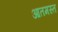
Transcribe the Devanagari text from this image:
आतमस्त